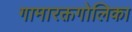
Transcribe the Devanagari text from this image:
गामारक्तगोलिका